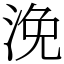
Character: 浼